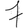
Digit: 7